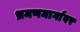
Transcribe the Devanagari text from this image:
भ्रमणमार्गावर